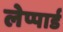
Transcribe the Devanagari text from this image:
लेप्पार्ड